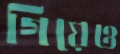
গিয়েও